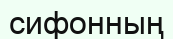
сифонның